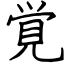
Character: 覚